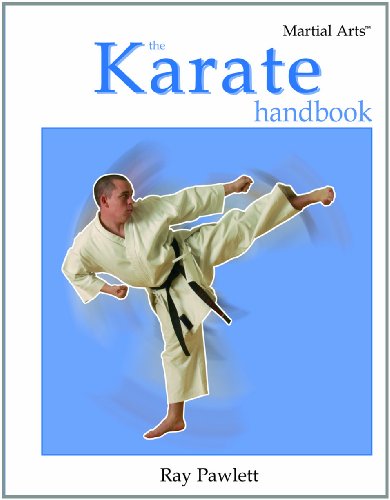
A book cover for The Karate Handbook (Martial Arts (Rosen)); Ray Pawlett; Teen & Young Adult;